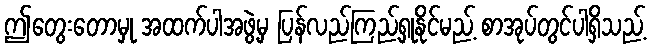
ဤတွေးတောမှု အထက်ပါအဖွဲ့မှ ပြန်လည်ကြည့်ရှုနိုင်မည့် စာအုပ်တွင်ပါရှိသည့်